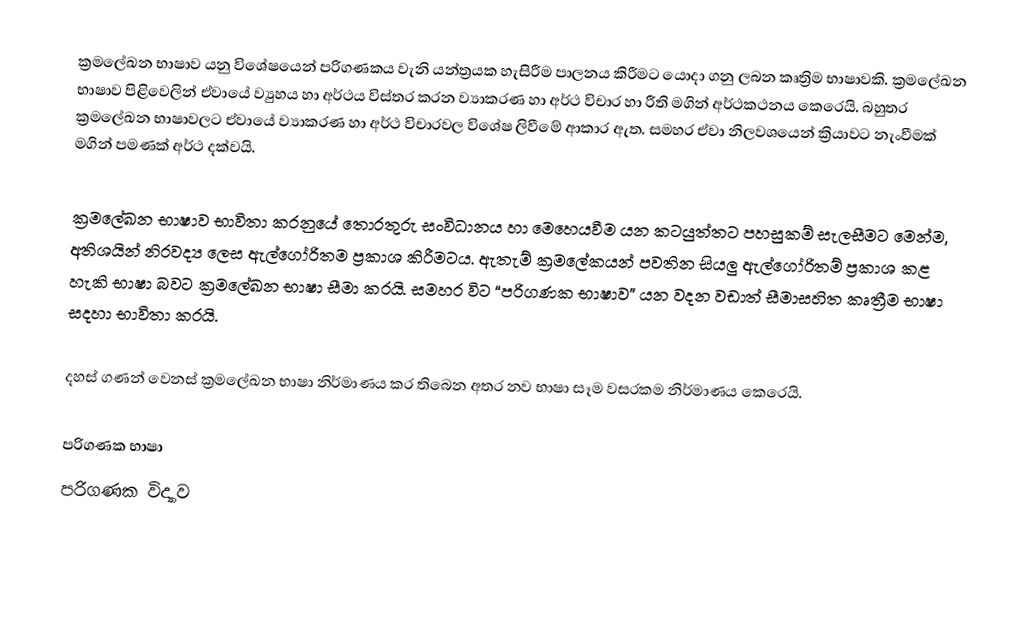
ක්‍රමලේඛන භාෂාව යනු විශේෂයෙන් පරිගණකය වැනි යන්ත්‍රයක හැසිරීම පාලනය කිරීමට යොදා ගනු ලබන කෘත්‍රිම භාෂාවකි. ක්‍රමලේඛන භාෂාව පිළිවෙලින් ඒවායේ ව්‍යුහය හා අර්ථය විස්තර කරන ව්‍යාකරණ හා අර්ථ විචාර හා රීති මගින් අර්ථකථනය කෙරෙයි. බහුතර ක්‍රමලේඛන භ‍ාෂාවලට ඒවායේ ව්‍යාකරණ හා අර්ථ විචාරවල විශේෂ ලි‍වීමේ ආකාර ඇත. සමහර ඒවා නිලවශයෙන් ක්‍රියාවට නැංවීමක් මගින් පමණක් අර්ථ දක්වයි.

ක්‍රමලේඛන භාෂාව භාවිතා කරනුයේ තොරතුරු සංවිධානය හා මෙහෙයවීම යන කටයුත්තට පහසුකම් සැලසීමට මෙන්ම, අතිශයින් නිරවද්‍ය ලෙස  ඇල්ගෝරිතම ප්‍රකාශ කිරීමටය. ඇතැම් ක්‍රමලේකයන්  පවතින සියලු ඇල්ගෝරිතම් ප්‍රකාශ කළ හැකි භාෂා බවට ක්‍රමලේඛන භාෂා සීමා කරයි. සමහර විට‍ “පරිගණක භාෂාව” යන වදන වඩාත් සීමාසහිත කෘත්‍රීම භාෂා සදහා භාවිතා කරයි.

දහස් ගණන් වෙනස් ක්‍රමලේඛන භාෂා නිර්මාණය කර තිබෙන අතර නව භාෂා සෑම වසරකම නිර්මාණය කෙරෙයි.

පරිගණක භාෂා
පරිගණක විද්‍යාව